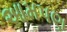
આમપણ